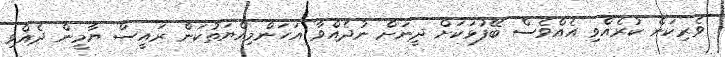
ވެރިކަން ކުރެއްވި އެއްވެސް ބޭފުޅަކަށް ދީނަށް ނުދެއްވާ އަހަންމިއްޔަތުކަން ރައީސް ޔާމީން ދެއްވި